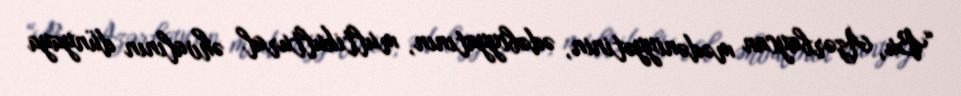
“Bu, Azərbaycan mədəniyyətinin, ədəbiyyatının, multikultural əhvalının dünyaya